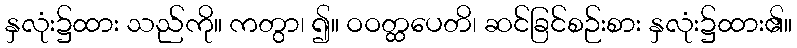
နှလုံး၌ထား သည်ကို။ ကတွာ၊ ၍။ ဝဝတ္ထပေတိ၊ ဆင်ခြင်စဉ်းစား နှလုံး၌ထား၏။